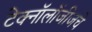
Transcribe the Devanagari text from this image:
टेक्नॉलॉजीजचे